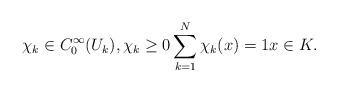
LaTeX: \begin{align*}\chi_k \in C_0^\infty(U_k),\chi_k \geq 0\sum_{k=1}^N \chi_k(x) = 1 x \in K.\end{align*}